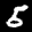
Label: 5